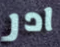
ادر